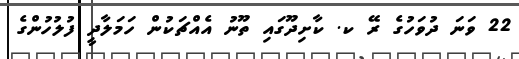
22 ވަނަ ދުވަހުގެ ރޭ ކ. ކާށިދޫގައި ތޫނު އެއްޗަކުން ހަމަލާދީ ފުލުހުންގެ